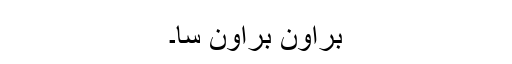
براؤن براؤن سا۔